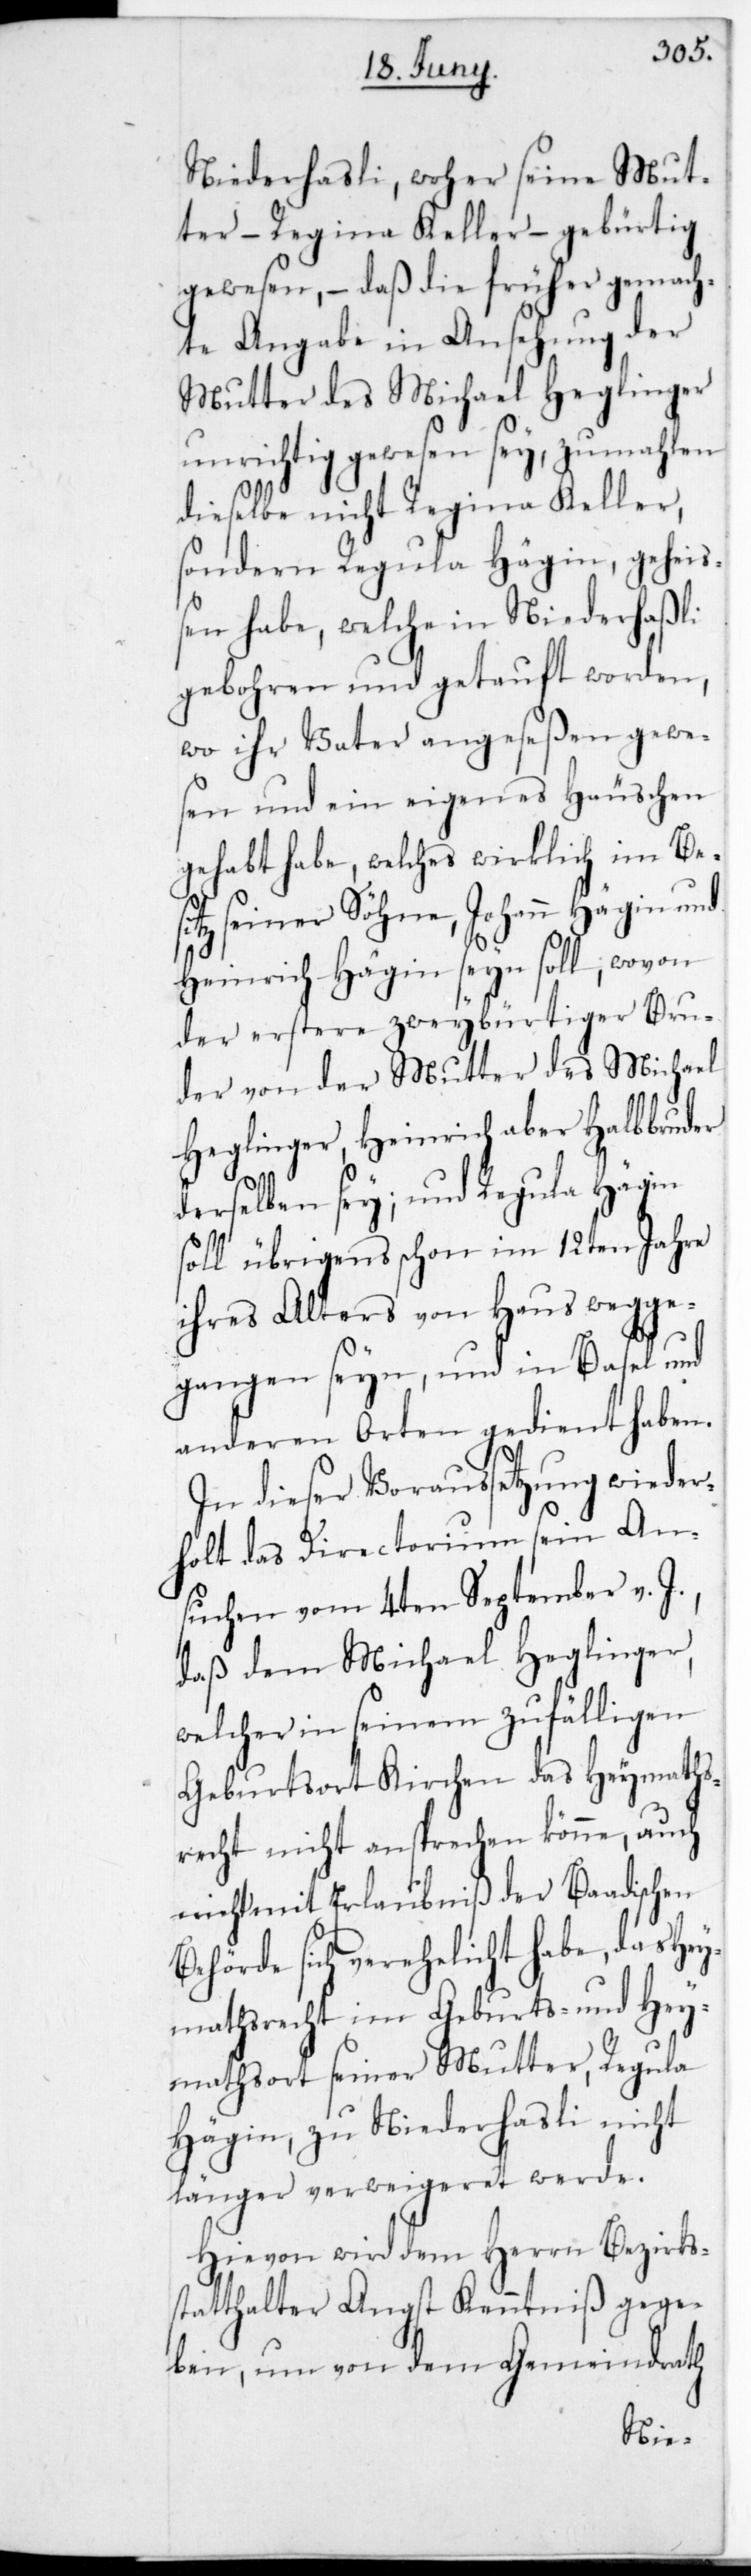
Niederhasli, woher seine Mut¬
ter, – Regina Keller – gebürtig
gewesen, – daß die früher ge¬
hte Angabe in Ansehung der
Mutter des Michael Heglinger
unrichtig gewesen sey,
dieselbe nicht Regina Kel¬
sondern Regula Hägin geh¬
en habe, welche in Niederhasli
gebohren und getauft wor¬
wo ihr Vater ange¬
sen und ein eigenes H¬
gehabt habe, welches wi¬
seiner Söhne, Johann
Heinrich Hägin sein sol¬
der erstere zweibür¬
der von der Mutter
Heglinger, Heinrich aber
derselben sei; und Regula
soll übrigens schon im
ihres Alters von Haus
gangen seyn, und in
anderen Orten ged¬
In dieser Voraußetzu¬
holt das Directorium
suchen vom 4ten September
daß dem Michael Heg¬
welcher in seinem zufäll¬
ng
Geburtsort Kirchen d¬
recht nicht ansprechen könn¬
auch
nicht mit Erlaubniß der
das Hey¬
Behörde sich verehelicht
mathsrecht im Geburts- und Hey¬
mathsort seiner Mutter, Regula
Hägin, zu Niederhasli nicht
länger verweigeret werde.
Hievon wird dem Herrn Bezirks¬
statthalter Angst Kenntniß gege¬
ndrath
ben, um von dem G¬

emei¬

chael